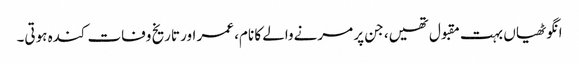
انگوٹھیاں بہت مقبول تھیں، جن پر مرنےوالے کا نام، عمر اور تاریخ وفات کندہ ہوتی۔